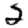
Digit: 2